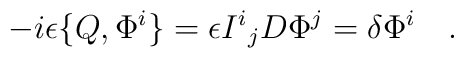
-i\epsilon \{Q,\Phi^i \} = \epsilon {I^i}_j D \Phi^j = \delta \Phi^i    \quad.